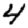
Digit: 4